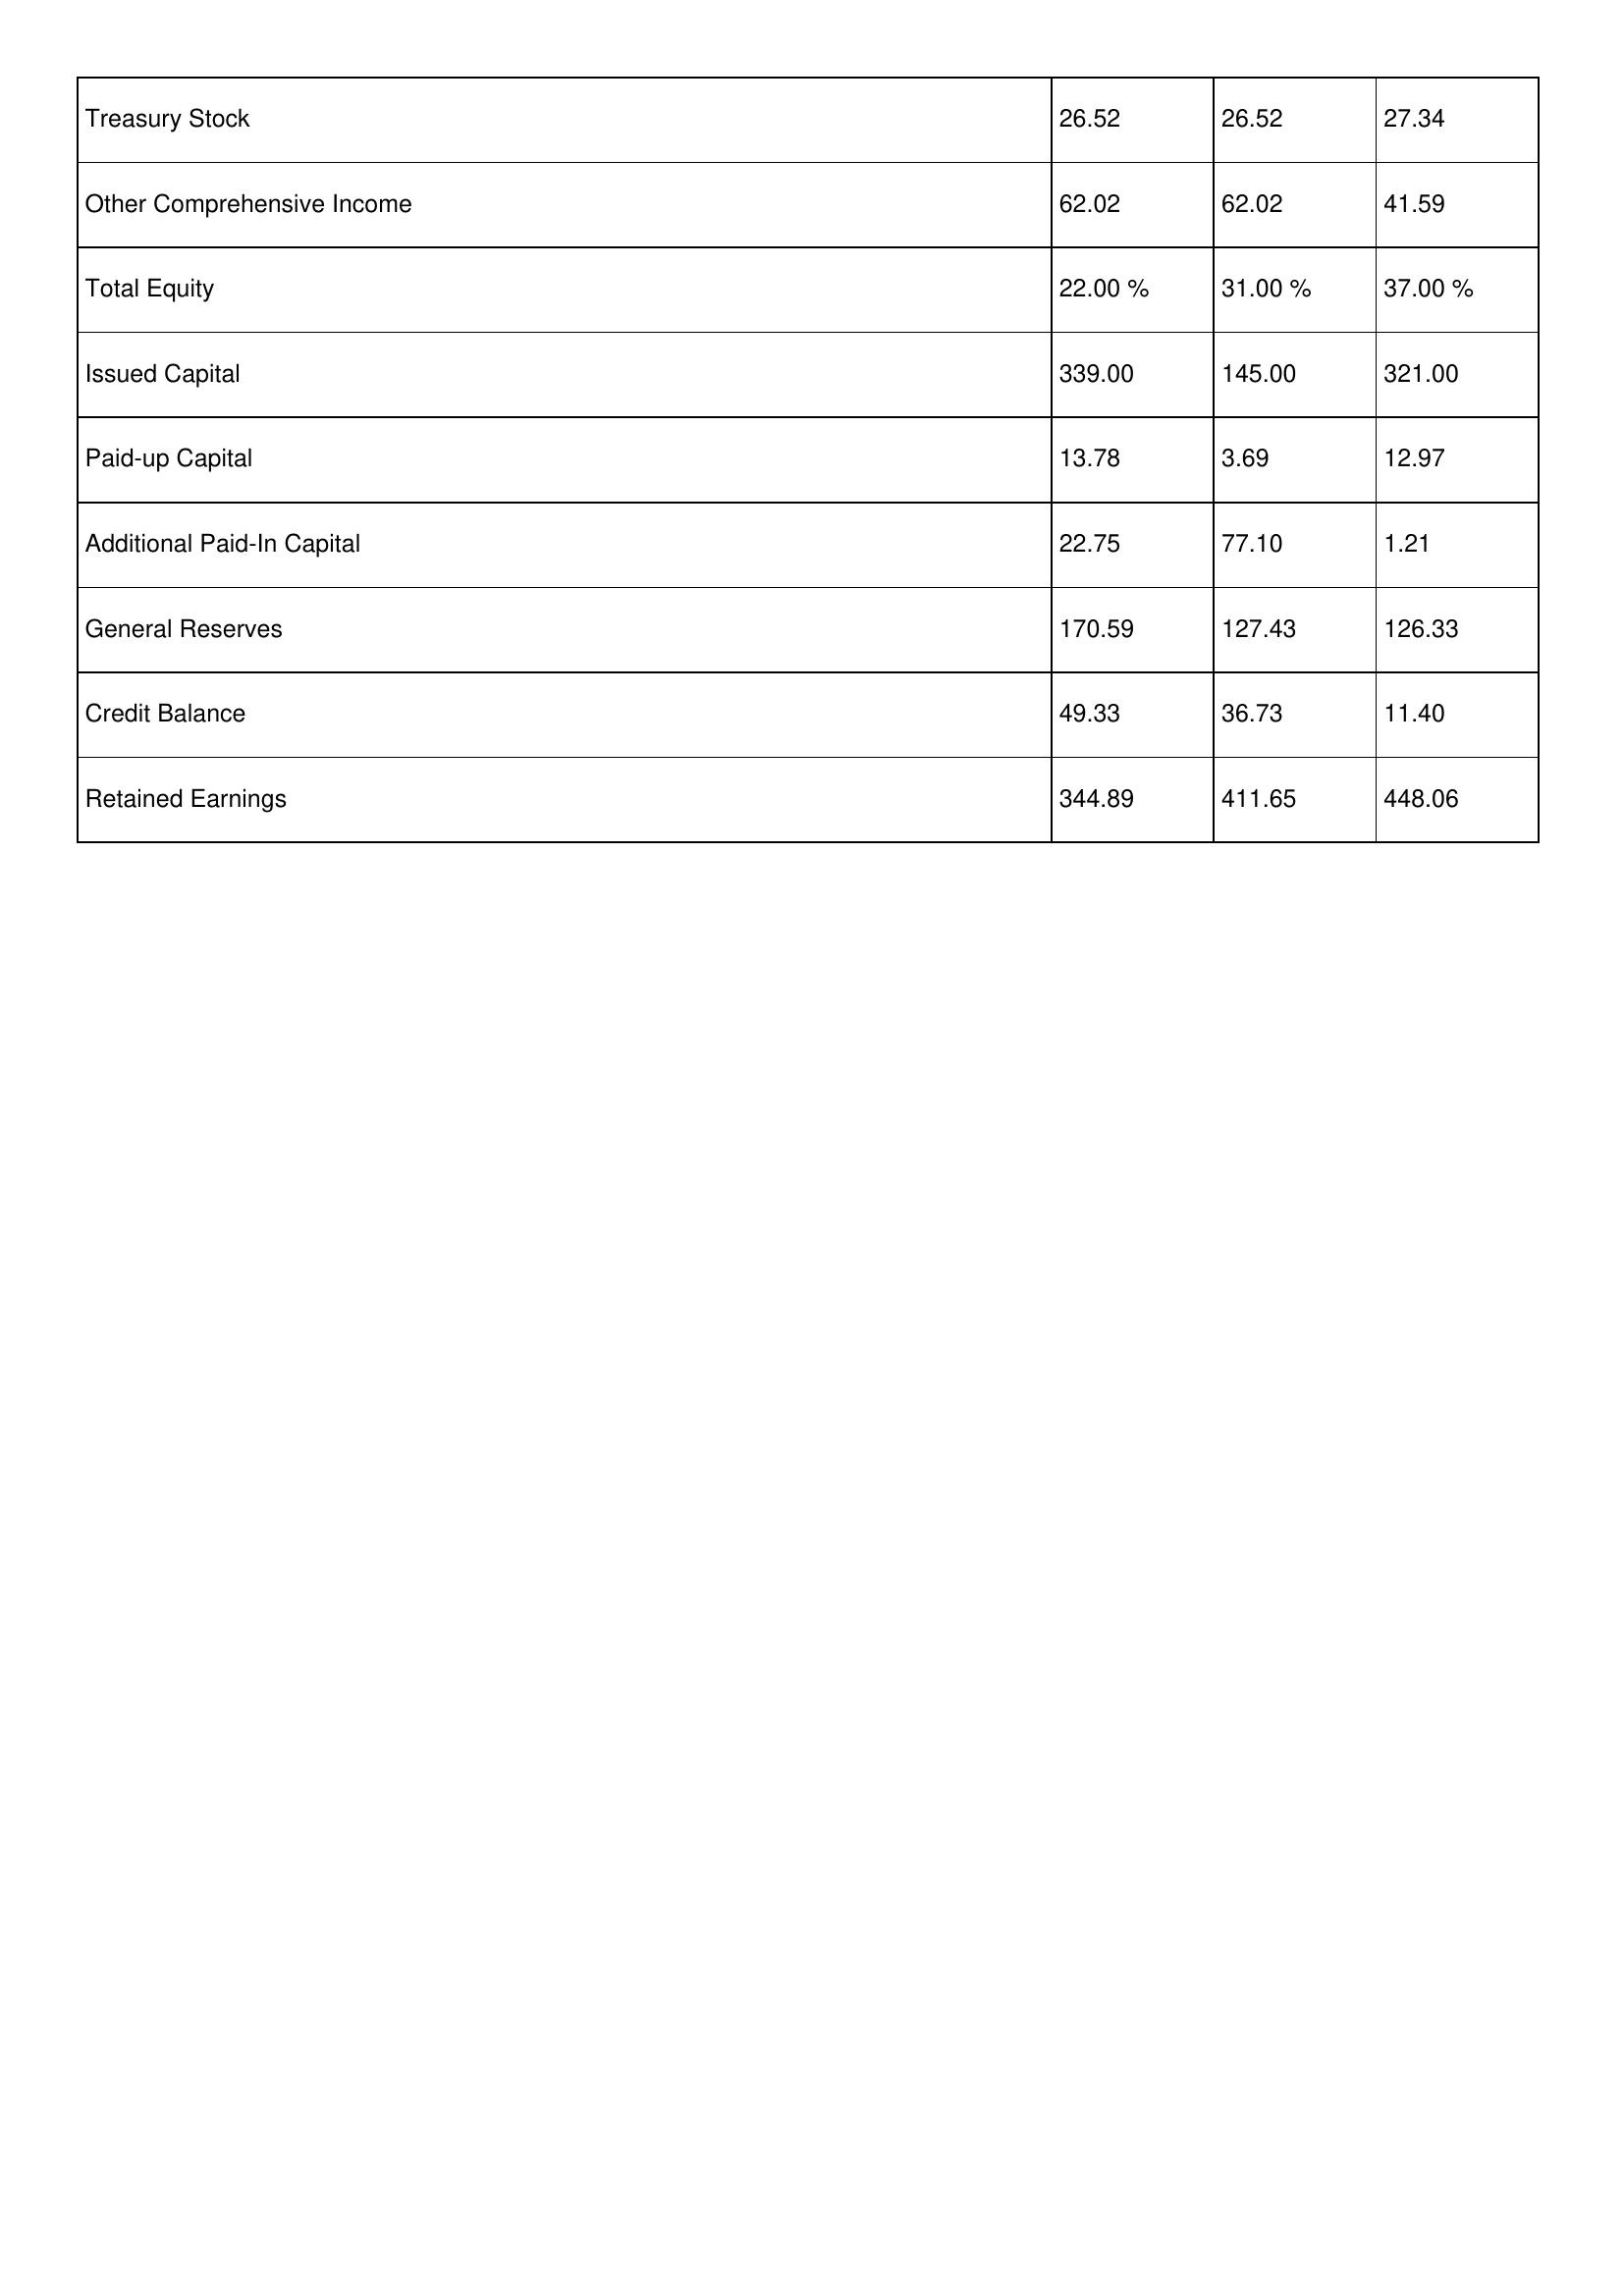
gt_parse: 2015: Treasury Stock: 26.52
Other Comprehensive Income: 62.02
Total Equity: 22.00 %
Issued Capital: 339.00
Paid-up Capital: 13.78
Additional Paid-In Capital: 22.75
General Reserves: 170.59
Credit Balance: 49.33
Retained Earnings: 344.89
2014: Treasury Stock: 26.52
Other Comprehensive Income: 62.02
Total Equity: 31.00 %
Issued Capital: 145.00
Paid-up Capital: 3.69
Additional Paid-In Capital: 77.10
General Reserves: 127.43
Credit Balance: 36.73
Retained Earnings: 411.65
2013: Treasury Stock: 27.34
Other Comprehensive Income: 41.59
Total Equity: 37.00 %
Issued Capital: 321.00
Paid-up Capital: 12.97
Additional Paid-In Capital: 1.21
General Reserves: 126.33
Credit Balance: 11.40
Retained Earnings: 448.06